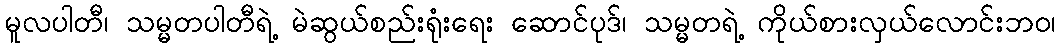
မူလပါတီ၊ သမ္မတပါတီရဲ့ မဲဆွယ်စည်းရုံးရေး ဆောင်ပုဒ်၊ သမ္မတရဲ့ ကိုယ်စားလှယ်လောင်းဘဝ၊